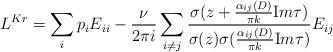
LaTeX: \begin{align*}L^{Kr}=\sum_{i}p_iE_{ii}-\frac{\nu}{2\pi i}\sum_{i\neq j}\frac{\sigma(z+\frac{\alpha_{ij}(D)}{\pi k}{\mbox Im \tau})}{\sigma(z)\sigma(\frac{\alpha_{ij}(D)}{\pi k}{\mbox Im \tau})}E_{ij}\end{align*}